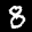
Label: 8